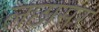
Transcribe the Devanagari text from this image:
लछासर